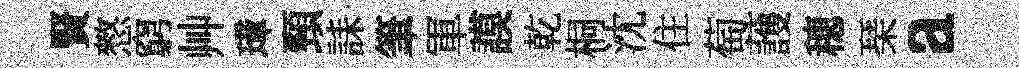
賢憗窮艸璋頸誄筆軍謨乾桐沈住萄䕶穂琹a